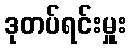
ဒုတပ်ရင်းမှူး